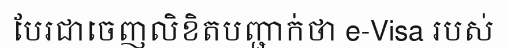
បែរជាចេញលិខិតបញ្ជាក់ថា e-Visa របស់